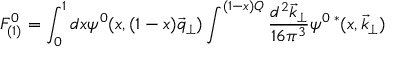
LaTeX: F _ { ( 1 ) } ^ { 0 } = \int _ { 0 } ^ { 1 } d x \psi ^ { 0 } ( x , ( 1 - x ) \vec { q } _ { \perp } ) \int ^ { ( 1 - x ) Q } \frac { d ^ { 2 } \vec { k } _ { \perp } } { 1 6 \pi ^ { 3 } } \psi ^ { 0 \; * } ( x , \vec { k } _ { \perp } )